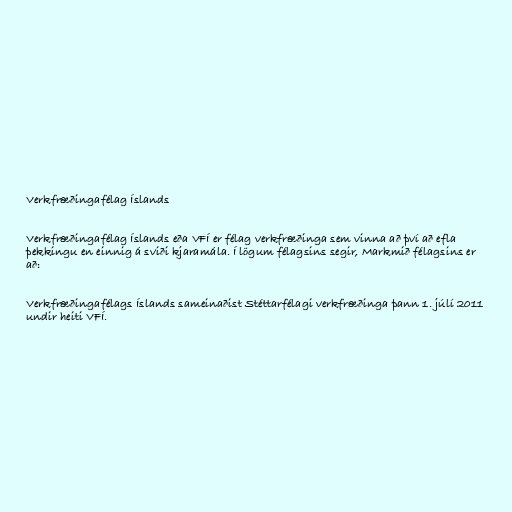
Verkfræðingafélag Íslands

Verkfræðingafélag Íslands eða VFÍ er félag verkfræðinga sem vinna að því að efla
þekkingu en einnig á sviði kjaramála. Í lögum félagsins segir, Markmið félagsins er
að:

Verkfræðingafélags Íslands sameinaðist Stéttarfélagi verkfræðinga þann 1. júlí 2011
undir heiti VFÍ.